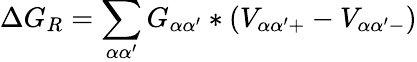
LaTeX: \Delta G_{R}=\sum_{\alpha\alpha^{\prime}}G_{\alpha\alpha^{\prime}}\ast(V_{\alpha\alpha^{\prime}+}-V_{\alpha\alpha^{\prime}-})